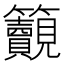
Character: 𥸚